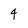
Character: 4